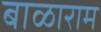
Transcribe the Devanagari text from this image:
बाळाराम